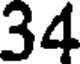
34